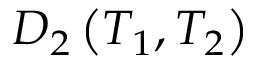
D _ { 2 } \left( T _ { 1 } , T _ { 2 } \right)